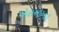
એલઓઆઈ